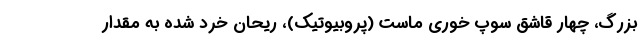
بزرگ، چهار قاشق سوپ خوری ماست (پروبیوتیک)، ریحان خرد شده به مقدار